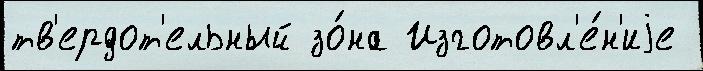
тв'ердот'ельный зо́на Изготовл'е́н'иjе